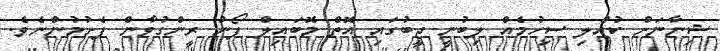
ޝިނާނަށް ކުއްލި ސިހުމެއް ލިބުނީ ޖީބުގައި އޮތް މޮބައިލް ފޯނު ރީންގުވާން ފެށުމުންނެވެ.